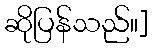
ဆိုပြန်သည်။]